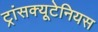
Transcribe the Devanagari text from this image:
ट्रांसक्यूटेनियस